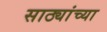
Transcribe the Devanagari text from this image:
साठ्यांच्या